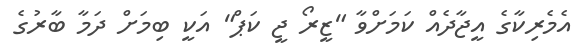
އެމެރިކާގެ އީޖާދެއް ކަމަށްވާ "ޒީރޯ ޖީ ކަޕް" އަކީ ބިމަށް ދަމާ ބާރުގެ